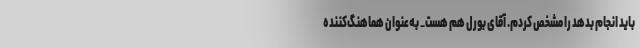
باید انجام بدهد را مشخص کردم. آقای بورل هم هست_ به‌عنوان هماهنگ‌کننده